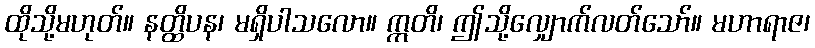
ထိုသို့မဟုတ်။ နတ္ထိပန၊ မရှိပါသလော။ ဣတိ၊ ဤသို့လျှောက်လတ်သော်။ မဟာရာဇ၊